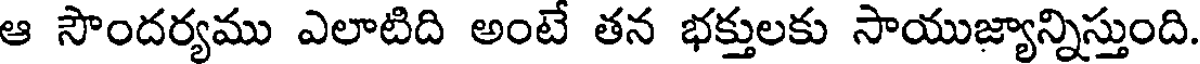
ఆ సౌందర్యము ఎలాటిది అంటే తన భక్తులకు సాయుజ్యాన్నిస్తుంది